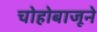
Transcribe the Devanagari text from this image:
चोहोबाजूने